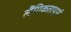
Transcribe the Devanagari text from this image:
लैंगिकतापूर्ण